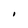
Character: I